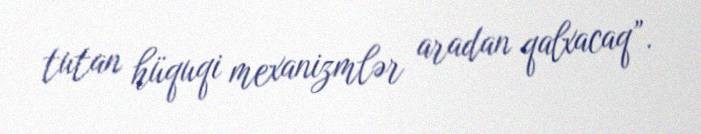
tutan hüquqi mexanizmlər aradan qalxacaq”.